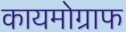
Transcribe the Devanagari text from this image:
कायमोग्राफ